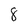
Character: 8